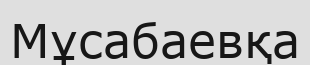
Мұсабаевқа